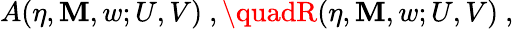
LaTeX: A(\eta,\mathbf{M},w;U,V)\ ,\quadR(\eta,\mathbf{M},w;U,V)\ ,